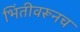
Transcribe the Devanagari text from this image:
भिंतीवरूनच